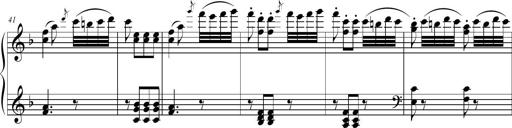
Title: 2 Sonatines faciles et brillantes pour le piano-forte seul
Composer: Carl Czerny